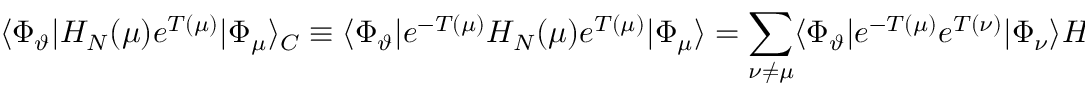
\langle \Phi _ { \vartheta } | H _ { N } ( \mu ) e ^ { T ( \mu ) } | \Phi _ { \mu } \rangle _ { C } \equiv \langle \Phi _ { \vartheta } | e ^ { - T ( \mu ) } H _ { N } ( \mu ) e ^ { T ( \mu ) } | \Phi _ { \mu } \rangle = \sum _ { \nu \neq \mu } \langle \Phi _ { \vartheta } | e ^ { - T ( \mu ) } e ^ { T ( \nu ) } | \Phi _ { \nu } \rangle H _ { \nu \mu } ^ { \mathrm { e f f } }